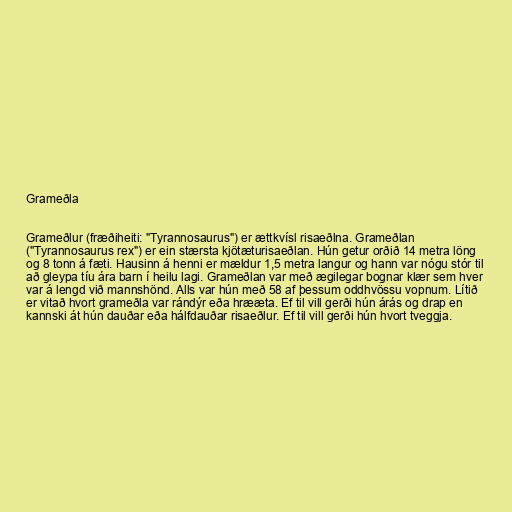
Grameðla

Grameðlur (fræðiheiti: "Tyrannosaurus") er ættkvísl risaeðlna. Grameðlan
("Tyrannosaurus rex") er ein stærsta kjötæturisaeðlan. Hún getur orðið 14 metra löng
og 8 tonn á fæti. Hausinn á henni er mældur 1,5 metra langur og hann var nógu stór til
að gleypa tíu ára barn í heilu lagi. Grameðlan var með ægilegar bognar klær sem hver
var á lengd við mannshönd. Alls var hún með 58 af þessum oddhvössu vopnum. Lítið
er vitað hvort grameðla var rándýr eða hrææta. Ef til vill gerði hún árás og drap en
kannski át hún dauðar eða hálfdauðar risaeðlur. Ef til vill gerði hún hvort tveggja.